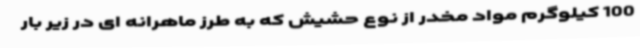
100 کیلوگرم مواد مخدر از نوع حشیش که به طرز ماهرانه ای در زیر بار